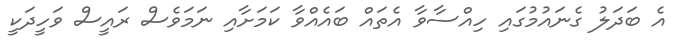
އެ ބަދަލު ގެނައުމުގައި ހިއްސާވާ އެތައް ބައެއްވާ ކަމަށާއި ނަމަވެސް ރައީސް ވަހީދަކީ